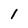
Character: l